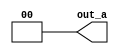
module CST_MS_LPDZ (out_a);
   output [1:0] out_a;
   wire [1:0] wire_a= 1'b0;
   assign out_a = wire_a;
endmodule